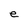
Character: e